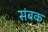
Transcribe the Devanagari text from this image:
संबक